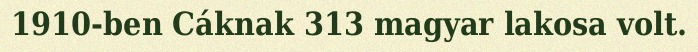
1910-ben Cáknak 313 magyar lakosa volt.